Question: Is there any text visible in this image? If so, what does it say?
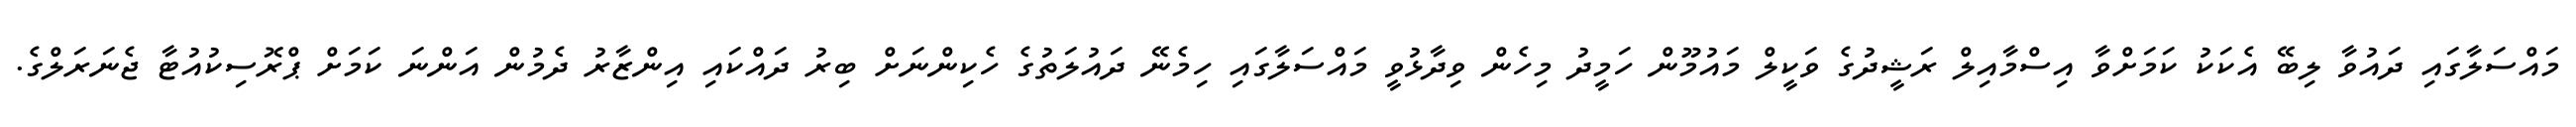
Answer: މައްސަލާގައި ދައުވާ ލިބޭ އެކަކު ކަމަށްވާ އިސްމާއިލް ރަޝީދުގެ ވަކީލް މައުމޫން ހަމީދު މިހެން ވިދާޅުވީ މައްސަލާގައި ހިމެނޭ ދައުލަތުގެ ހެކިންނަށް ބިރު ދައްކައި އިންޒާރު ދެމުން އަންނަ ކަމަށް ޕްރޮސިކުއުޓާ ޖެނަރަލްގެ.